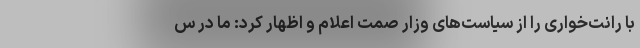
با رانت‌خواری را از سیاست‌های وزار صمت اعلام و اظهار کرد: ما در س